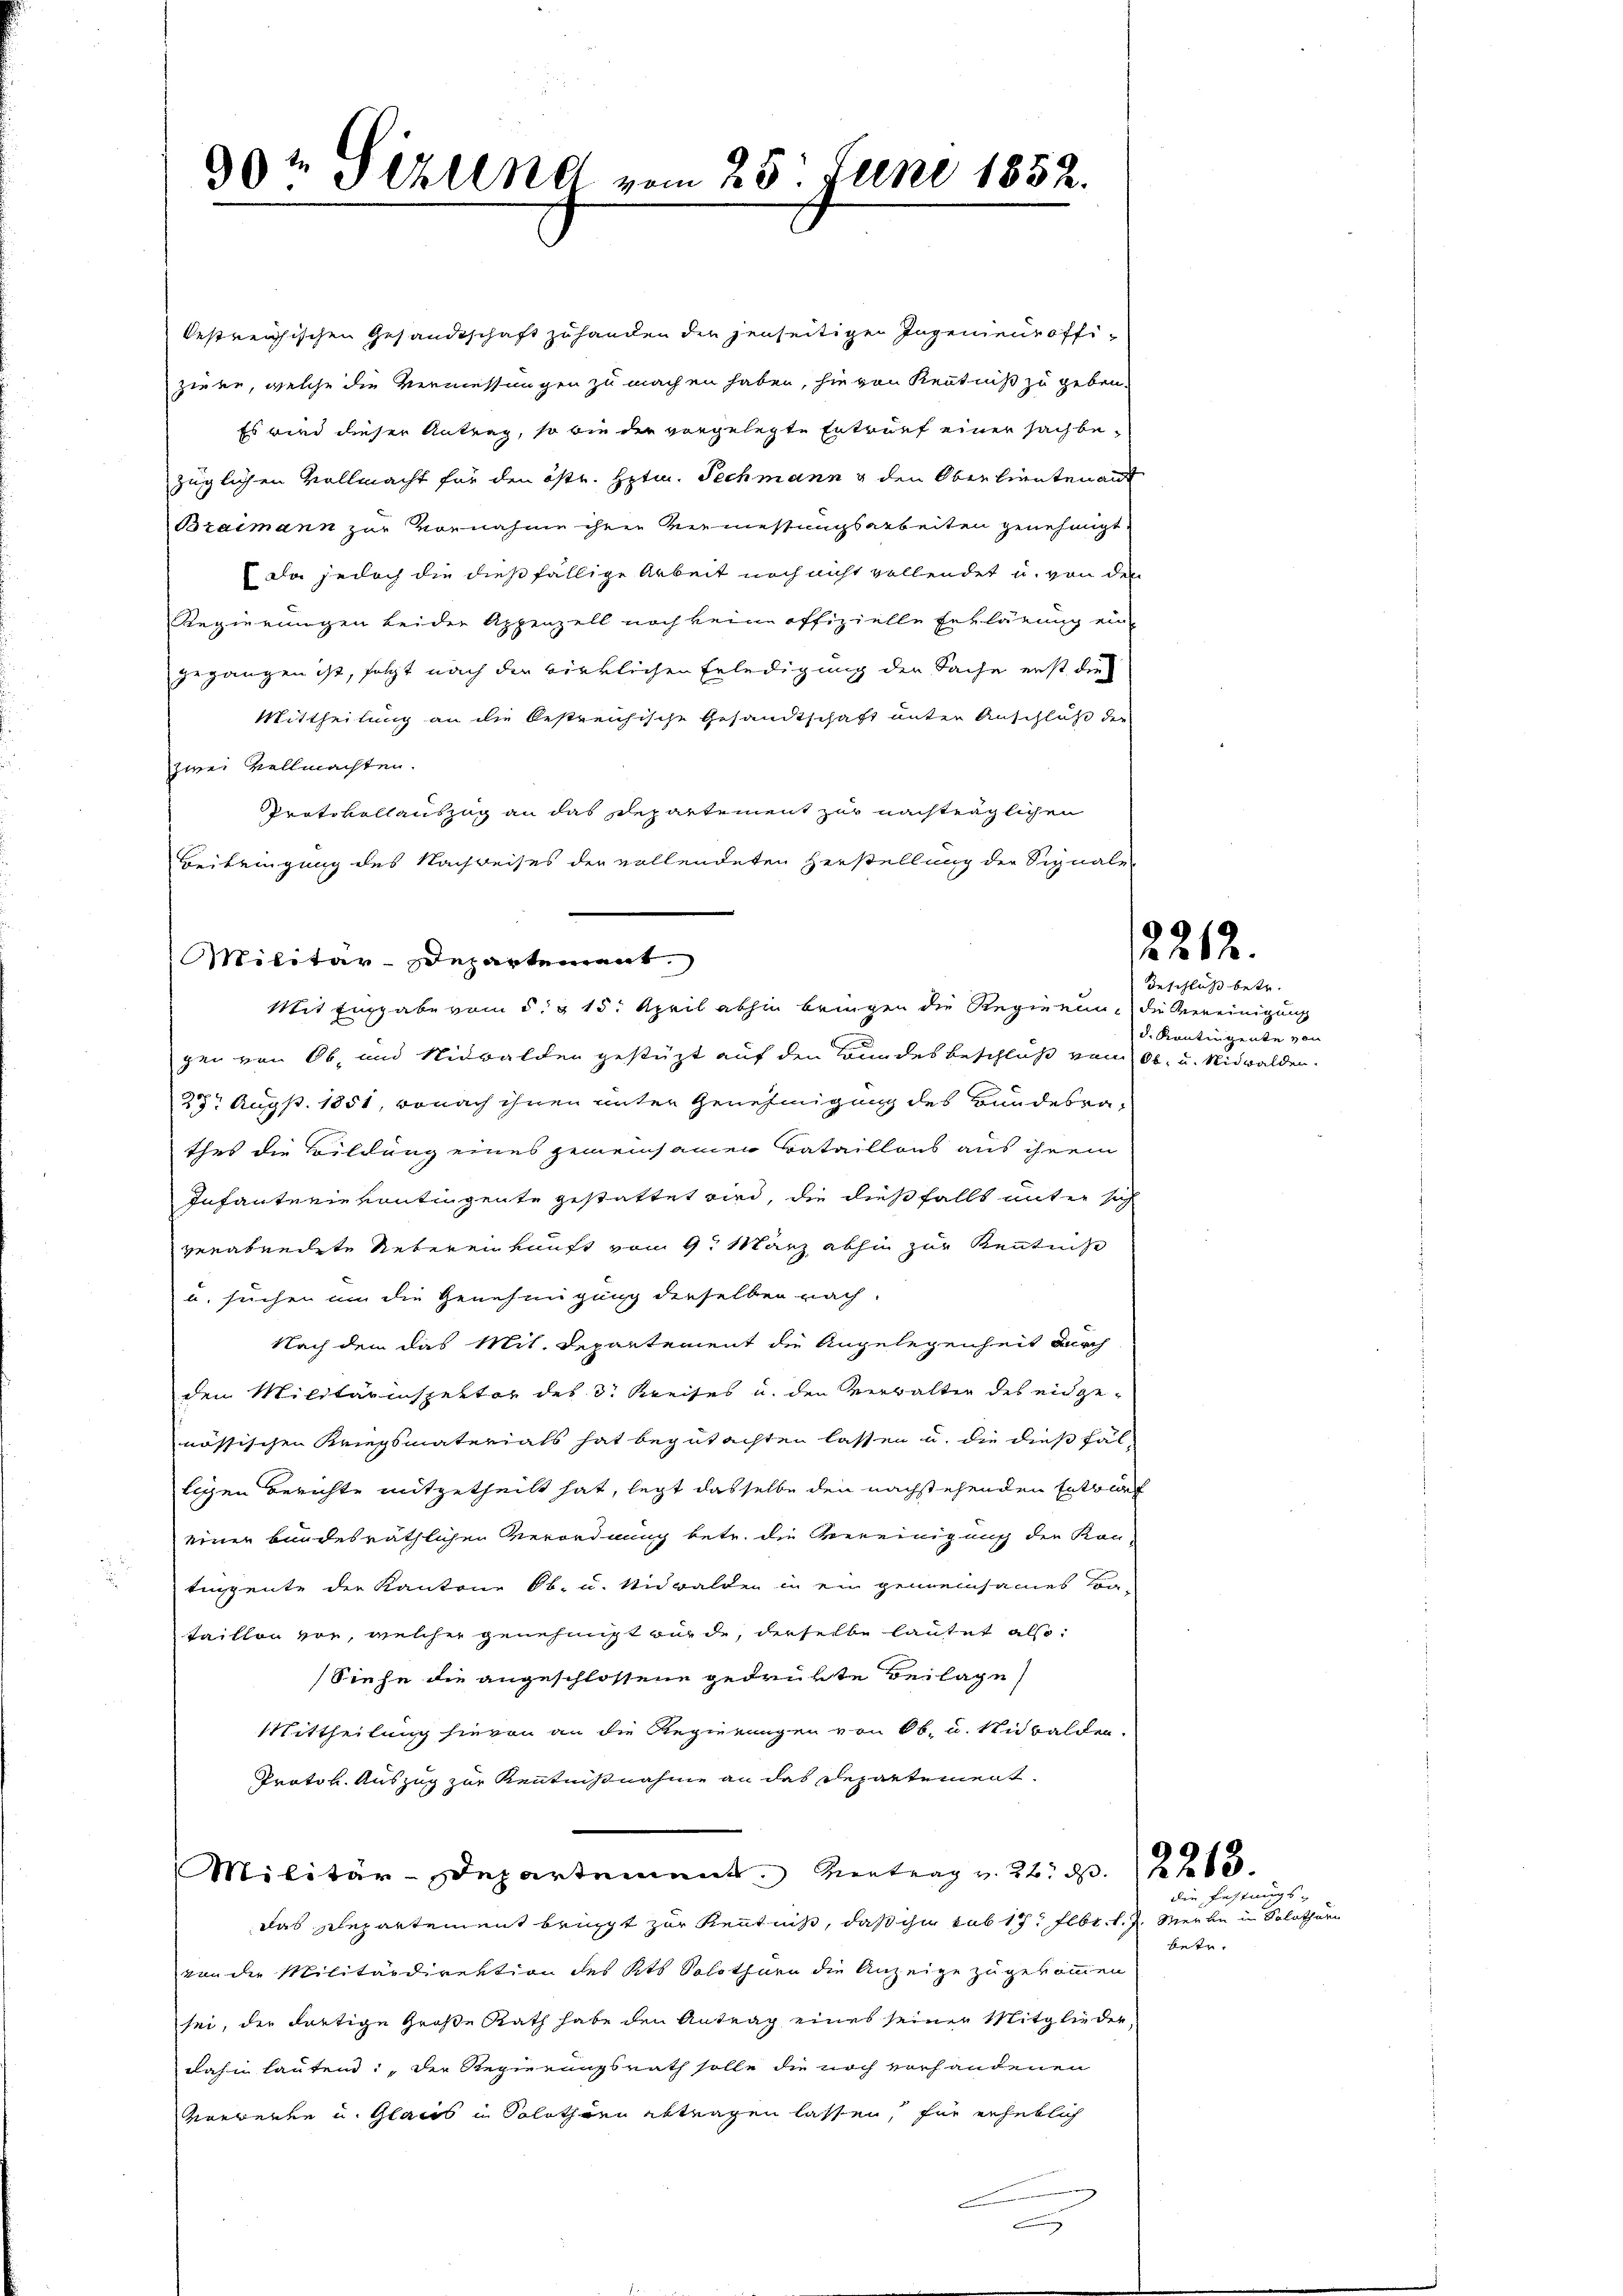
99t Pizlena vom 25. Juni 1852.

bestreichischen Gesandtschaft zu handen die jenseitigen Ingenieur offiziere, welche die Vermessungen zu machen haben, sie von Kenntniß zu geben.
Es wird dieser Antrag, so bin der vorgelegte Ertrauf einer sachbezüglichen Vollmacht für den östr. Hptm. Techmann & den Oberlieuten auf
Braimann zur Vornahme ihren Vermessungsarbeiten genehmigt
Da jedoch die dießfällige Arbeit noch nicht vollendet u. von den
Regierungen beiden Appenzell noch keine offizielle Erklärung ein
gegangen ist, folgt nach der wirklichen Erledigung der Sache erst die
Mittheilung an die bestreichische Gesandtschaft unter Anschluß der
zwei Vollmachten.
Protokollauszag an das Departement zur nachträglichen
Beibringung des Nachweises der vollendeten Herstellung der Signale
gei von Ob- und Nidwalden gestüzt auf den Bundesbeschluß von Ob. u. Nidwalden.
28t Aug. 1851, wonach ihnen unter Genehmigung des Bundesrathes die Bildung eines gemeinsamen Bataillons aus ihrem
Infanterievontingente gestattet wird, die dießfalls unter sich
verabendete Nebereinkunft von 9. März abhin zur Kenntnise
u. suchen an die Genehmigung derselben nach
Nach dem das Mit. Departement die Angelegenheit durch
den Militärinspektor des 3. Kreises u. den Verwalter des eidgenässischen Kriegsmaterials hat begutachten lassen u. die dießfälligen Berichte mitgetheilt hat, legt dasselbe den nachstehenden Entwurf
einer bundesräthlichen Verordnung betr. die Vereinigung der Kon-
tingente der Kantone Ob. u. Nidwalden in ein gemeinsames An-
taillon vor, welcher genehmigt wurde, derselbe lautet also:
Siehe die angeschlossene gedrükte Beilage
Mittheilung hievon an die Regierungen von Ob. u. Nidwalden.
Prator. Auszug zur Kenntnißnahme an das Departement
Militär-Departement. Vertrag v. 22. d. 12 x
Das Departement bringt zur Kenntniß, daß ihm sub 17. Febr. v. J. Meile in Solothurn
von die Militärdirektion des Kts. Solothurn die Anzeige zugekommen
sei, der dortige Große Rath habe den Antrag eines seiner Mitglieder,
dahin lautend: „Der Regierungsrath solle die noch vorhandenen
verwerke u. Glais in Solothurn abtragen lassen, für erheblich
a

Militär-Departement.
Mit Eingabe vom 5. 15. April abhin bringen die Regierung die Vereinigung

2212.

Beschluß betr.
d. Kantingente von

die Festungs-

betr.